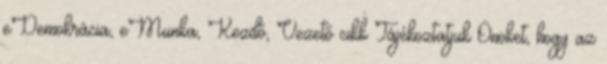
eDemokrácia, eMunka, Kezdő, Vezető cikk Tájékoztatjuk Önöket, hogy az